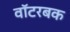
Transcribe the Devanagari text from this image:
वॉटरबक